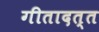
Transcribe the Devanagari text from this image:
गीतादत्त